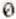
0